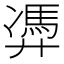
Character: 𱝕